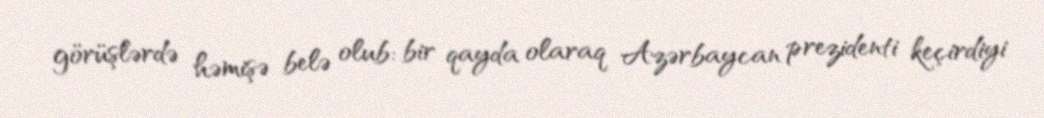
görüşlərdə həmişə belə olub: bir qayda olaraq Azərbaycan prezidenti keçirdiyi